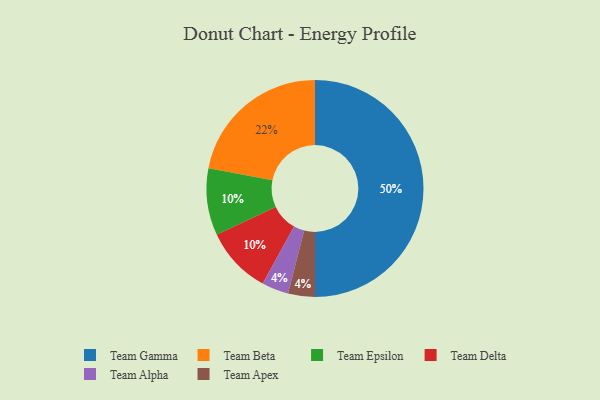
{"axis": {"x": "Category", "y": "Percentage"}, "legend": ["Team Alpha", "Team Apex", "Team Beta", "Team Delta", "Team Epsilon", "Team Gamma"], "data": [{"x": "Team Alpha", "y": 4, "type": "Team Alpha"}, {"x": "Team Epsilon", "y": 10, "type": "Team Epsilon"}, {"x": "Team Delta", "y": 10, "type": "Team Delta"}, {"x": "Team Gamma", "y": 50, "type": "Team Gamma"}, {"x": "Team Beta", "y": 22, "type": "Team Beta"}, {"x": "Team Apex", "y": 4, "type": "Team Apex"}]}